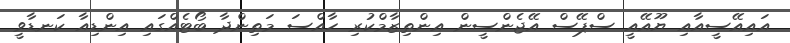
އައިއޭސީއާއި ޔޫއޭއީ ސްޕޭސް އޭޖެންސީން އިންތިޒާމްކުރި ހާއްސަ މަތިންދާ ބޯޓެއްގައި އިންޑިއާ ކަނޑާވީ